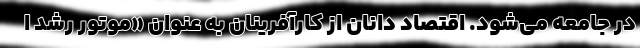
در جامعه می‌شود. اقتصاد دانان از کارآفرینان به عنوان «موتور رشد ا